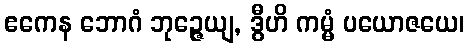
ဧကေန ဘောဂံ ဘုဉ္ဇေယျ, ဒွီဟိ ကမ္မံ ပယောဇယေ၊